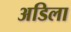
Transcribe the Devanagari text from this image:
अडिला